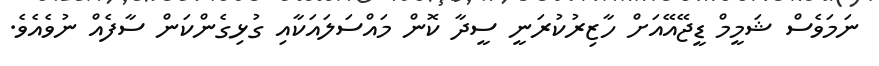
ނަމަވެސް ޝަމީމް ޑީޖޭއޭއަށް ހާޒިރުކުރަނީ ސީދާ ކޮން މައްސަލައަކާއި ގުޅިގެންކަން ސާފެއް ނުވެއެވެ.